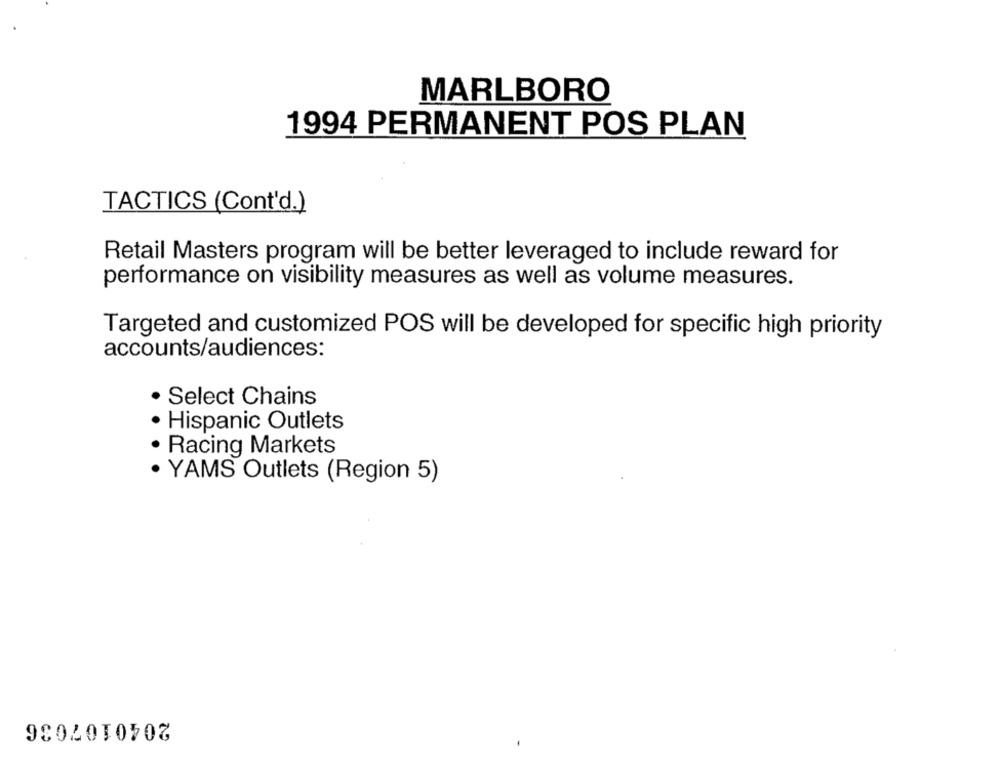
MARLBORO
1994 PERMANENT POS PLAN
TACTICS (Cont'd.)
Retail Masters program will be better leveraged to include reward for
performance on visibility measures as well as volume measures.
Targeted and customized POS will be developed for specific high priority
accounts/audiences:
Select Chains
Hispanic Outlets
Racing Markets
YAMS Outlets (Region 5)
2040107036